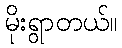
မိုးရွာတယ်။